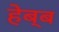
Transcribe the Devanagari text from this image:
हेब्ब